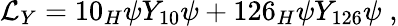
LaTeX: {\cal L}_{Y}=10_{H}\psi Y_{10}\psi+126_{H}\psi Y_{126}\psi\; ,